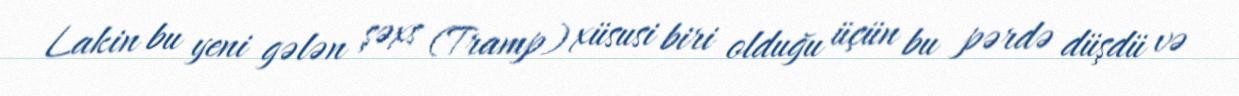
Lakin bu yeni gələn şəxs (Tramp) xüsusi biri olduğu üçün bu pərdə düşdü və